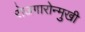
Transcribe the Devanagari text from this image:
रोजगारोन्मुखी